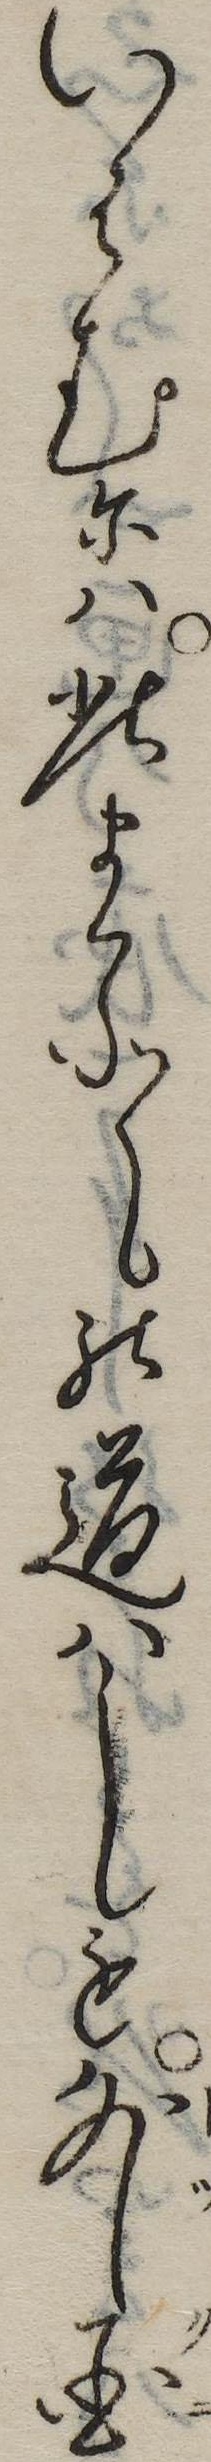
いはむには此まことの道はしも外国